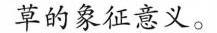
草的象独意义。